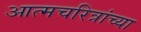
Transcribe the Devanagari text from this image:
आत्मचरित्रांच्या